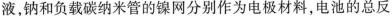
液，钠和负载碳纳米管的镍网分别作为电极材料，电池的总反